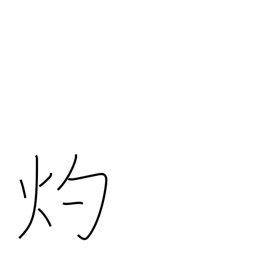
Meaning: miraculous